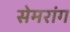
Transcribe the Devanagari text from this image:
सेमरांग